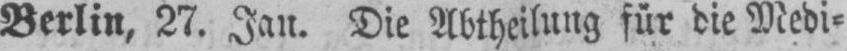
Berlin, 27. Jan. Die Abtheilung für die Medi⸗